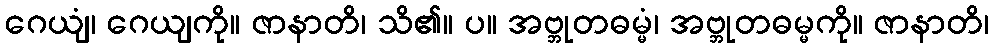
ဂေယျံ၊ ဂေယျကို။ ဇာနာတိ၊ သိ၏။ ပ။ အဗ္ဘုတဓမ္မံ၊ အဗ္ဘုတဓမ္မကို။ ဇာနာတိ၊